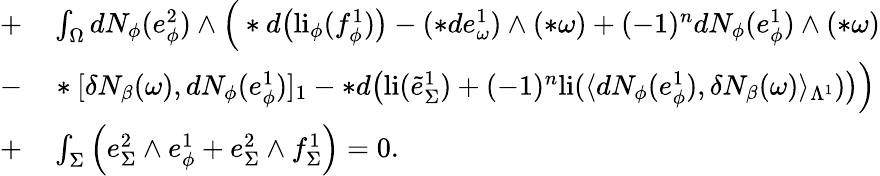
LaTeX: \begin{array}{rl}{+}&{{}\int_{\Omega}dN_{\phi}(e_{\phi}^{2})\wedge\Big(\ast d\big(\mathrm{li}_{\phi}(f_{\phi}^{1})\big)-(\ast de_{\omega}^{1})\wedge(\ast\omega)+(-1)^{n}dN_{\phi}(e_{\phi}^{1})\wedge(\ast\omega)}\\ {-}&{{}\ast[\delta N_{\beta}(\omega),dN_{\phi}(e_{\phi}^{1})]_{1}-\ast d\big(\mathrm{li}(\tilde{e}_{\Sigma}^{1})+(-1)^{n}\mathrm{li}(\langle dN_{\phi}(e_{\phi}^{1}),\delta N_{\beta}(\omega)\rangle_{\Lambda^{1}})\big)\Big)}\\ {+}&{{}\int_{\Sigma}\Big(e_{\Sigma}^{2}\wedge e_{\phi}^{1}+e_{\Sigma}^{2}\wedge f_{\Sigma}^{1}\Big)=0.}\end{array}